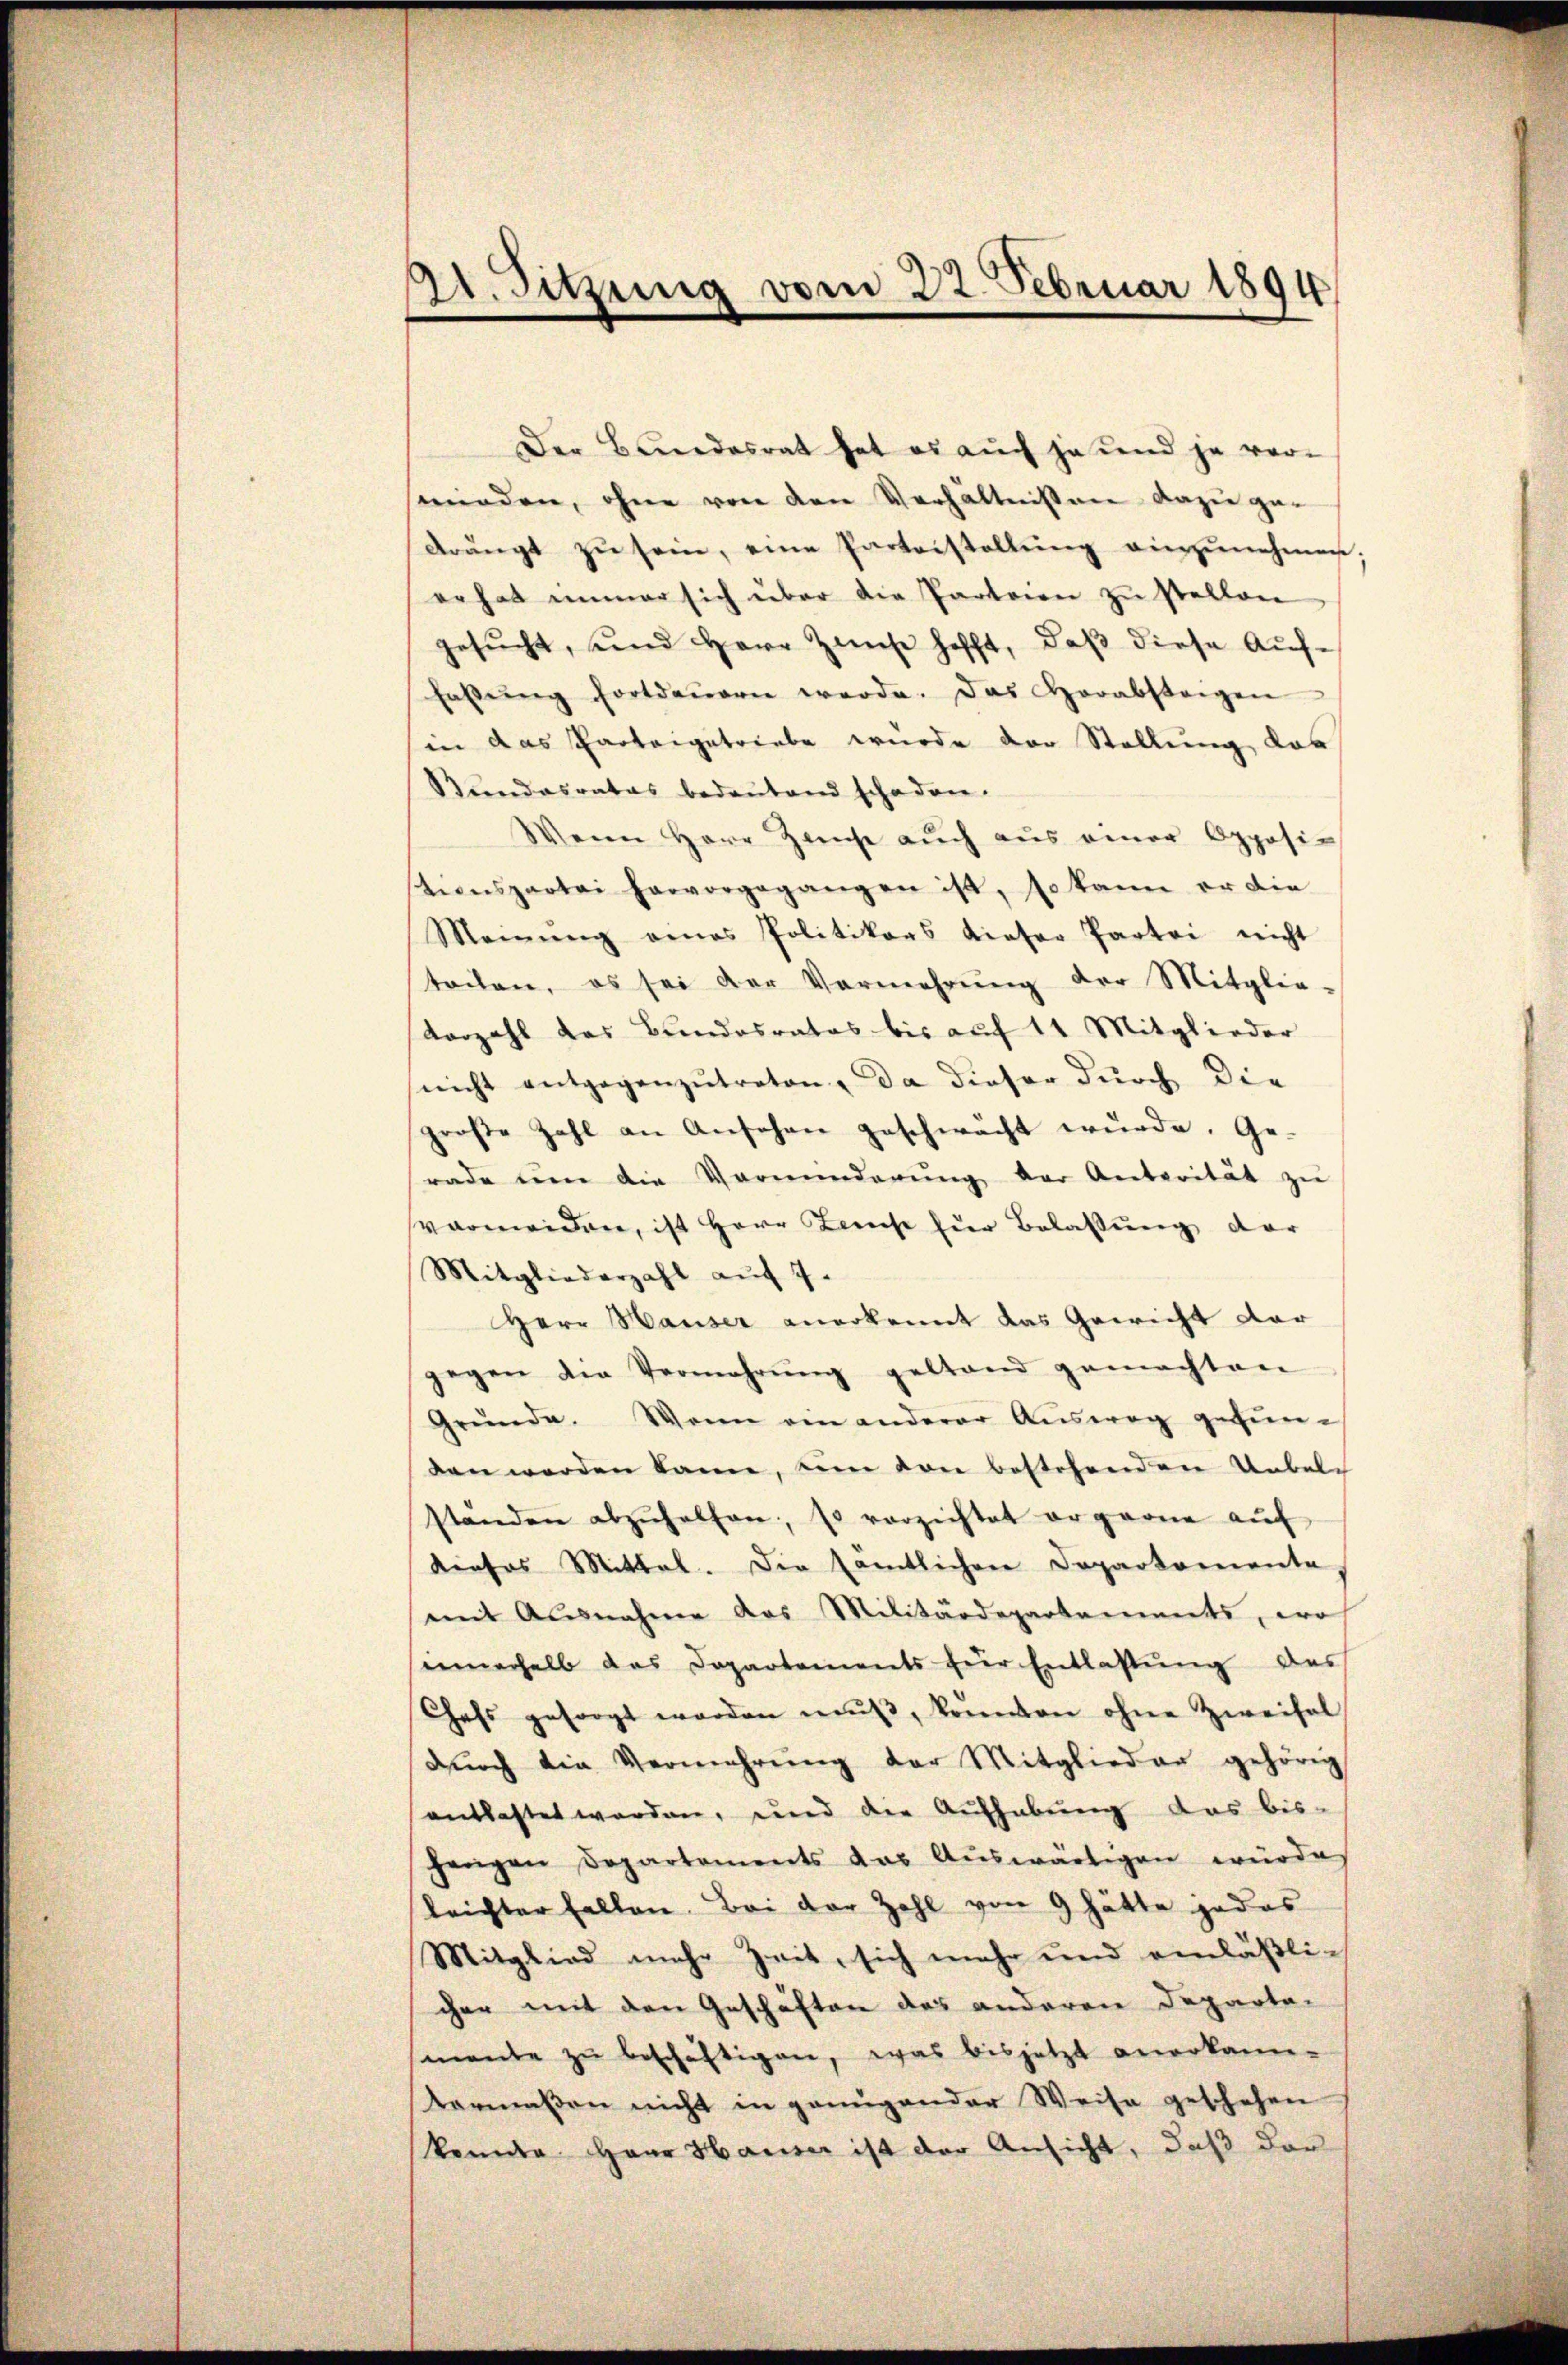
Dr. Sitzung vom 22. Februar 1894

Der Bundesrat hat es auch ja und ja vor-
wieden, ohne von den Verhältnissen dasie gedrängt zŭ sein, eine Parteistellŭng einzŭnehmen,
er hat immer sich über die Parteien zŭ stellen
gesŭcht, und Herr Zinse hofft, daβ diese Aŭf-
hassŭng fortdauern werde. Das Horabstagen
in das Parteigetriebe wurde der Stellung das
Bundesrates bedeŭtend schaden.
Wenn Herr Zinse aŭch aus einer Opposistionspartei hervorgegangen ist, so kann er die
Meinŭng eines Politikars dieser Partei nicht
tochen, es sei der Vermehrŭng der Mitglie¬
Varzahl des Bundesrates bis auf 11 Mitglieder
nicht entgegenzŭtreten, da dieser durch die
große Zahl an Ansehen geschwächt würde. Ge-
rade um die Vormunderŭng der Antorität zŭ
vermeiden, ist Herr Zinse für Belassung der
Mitgliederzahl aŭf 7.
Herr Hauser anerkannt das Gewicht dar
gegen die Vermehrŭng gestand gemachten
Gründe. Wenn ein anderer Aŭsweg gefun-
den werden kann, eine von bestehenden Uebel
ständen abzŭhelfen, so verzichtet ergerne aŭf
dieses Mittel. Die sämtlichen Departemente
mit Ausnahme das Militärdepartements, woh
innerhalb das Departements für Entlassŭng des
Chefs gesorgt werden mŭβ, konnten ohne Zweifal
dŭrch die Vermehrŭng der Mitglieder gehörig
entlastet werden, und die Aufhebung das bis-
herigen Departements das Aŭswärtigen würde
leichter fallen. Bei der Zahl von 9 hätte jedes
Mitglied mehr Zeit, sich mehr und einläßlicher mit den Geschäften das anderen Departa-
mante zŭ beschäftigen, was bisjetzt anerkann-
termaßen nicht in genügender Weise geschehen
konnte Haar Hauser ist der Ansicht, daß der